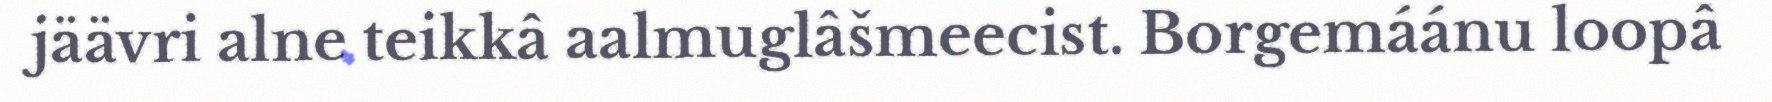
jäävri alne teikkâ aalmuglâšmeecist. Borgemáánu loopâ